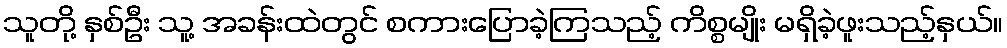
သူတို့ နှစ်ဦး သူ့ အခန်းထဲတွင် စကားပြောခဲ့ကြသည့် ကိစ္စမျိုး မရှိခဲ့ဖူးသည့်နှယ်။